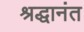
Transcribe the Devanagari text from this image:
श्रद्धानंत